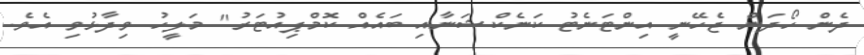
ދެން ހޯދަން ޖެހޭނީ އިންޓަނެޓު ކަނެކްޝަނާއި ބައެއް ކޮމްޕިއުޓަރު" މަލީހު ވިދާޅުވި އެވެ.